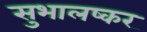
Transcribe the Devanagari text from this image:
सुभालष्कर